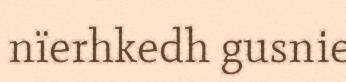
nïerhkedh gusnie